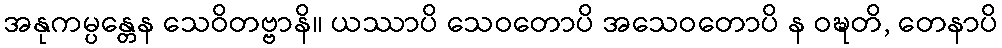
အနုကမ္ပန္တေန သေဝိတဗ္ဗာနိ။ ယဿာပိ သေဝတောပိ အသေဝတောပိ န ဝဍ္ဎတိ, တေနာပိ